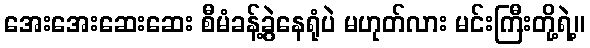
အေးအေးဆေးဆေး စီမံခန့်ခွဲနေရုံပဲ မဟုတ်လား မင်းကြီးတို့ရဲ့။